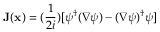
{ \bf { J } } ( { \bf { x } } ) = ( \frac { 1 } { 2 i } ) [ \psi ^ { \dagger } ( \nabla \psi ) - ( \nabla \psi ) ^ { \dagger } \psi ]